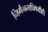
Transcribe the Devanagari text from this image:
निर्गमनाविषयीही